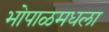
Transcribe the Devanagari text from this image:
भोपाळमधला